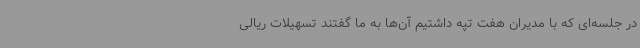
در جلسه‌ای که با مدیران هفت تپه داشتیم آن‌ها به ما گفتند تسهیلات ریالی